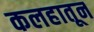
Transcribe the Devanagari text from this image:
कलहातून